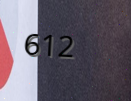
612